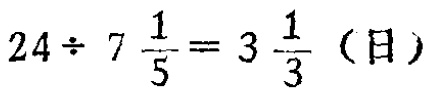
$24\div 7\frac{1}{5}=3\frac{1}{3}（日）$